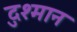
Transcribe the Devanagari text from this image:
दुश्मान